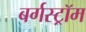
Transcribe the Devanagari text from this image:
बर्गस्ट्रॉम